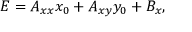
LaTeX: E = A _ { x x } x _ { 0 } + A _ { x y } y _ { 0 } + B _ { x } ,